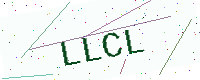
Text: LLCL